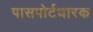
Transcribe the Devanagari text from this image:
पासपोर्टधारक